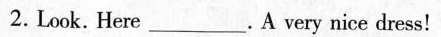
2. Look. Here____.